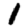
Digit: 1